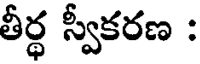
తీర్థ స్వీకరణ :